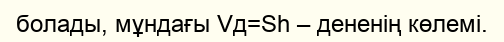
болады, мұндағы Vд=Sh – дененің көлемі.